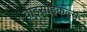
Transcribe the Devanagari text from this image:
बाइसाइकल्स